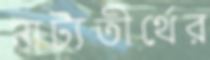
নাট্যতীর্থের